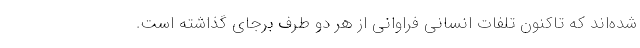
شده‌اند که تاکنون تلفات انسانی فراوانی از هر دو طرف برجای گذاشته است.